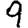
Digit: 9